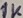
Text: 1K